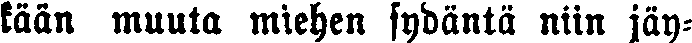
kään muuta miehen sydäntä niin jäy-